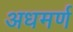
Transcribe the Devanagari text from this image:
अधमर्ण